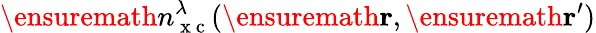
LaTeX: \ensuremath{n_{\mathrm{~x~c~}}^{\lambda}}(\ensuremath{\mathbf{r}},\ensuremath{\mathbf{r}}^{\prime})